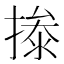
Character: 𰔝